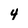
Character: 4